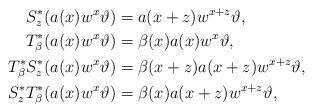
LaTeX: \begin{align*}S_z^*(a(x)w^x\vartheta)&=a(x+z)w^{x+z}\vartheta,\\T_{\beta}^*(a(x)w^x\vartheta)&=\beta(x)a(x)w^x\vartheta,\ \\T_{\beta}^*S_z^*(a(x)w^x\vartheta)&=\beta(x+z)a(x+z)w^{x+z}\vartheta,\\S_z^*T_{\beta}^*(a(x)w^x\vartheta)&=\beta(x)a(x+z)w^{x+z}\vartheta,\end{align*}